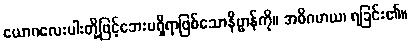
ယောဂလေးပါးတို့ဖြင့်ဘေးမရှိရာဖြစ်သောနိဗ္ဗာန်ကို။ အဓိဂမာယ၊ ရခြင်း၏။